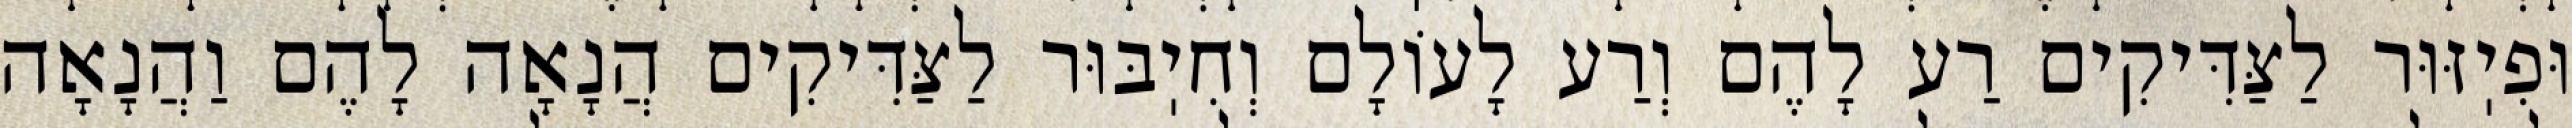
וּפִיֽזּוּר לַצַּדִּיקִים רַע לָהֶם וְרַע לָעוֹלָם וְחִיֽבּוּר לַצַּדִּיקִים הֲנָאָה לָהֶם וַהֲנָאָה